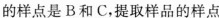
的样点是B和C，提取样品的样点